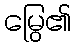
မြွေ၏